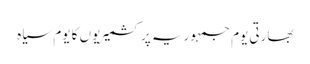
بھارتی یوم جمہوریہ پر کشمیریوں کا یوم سیاہ